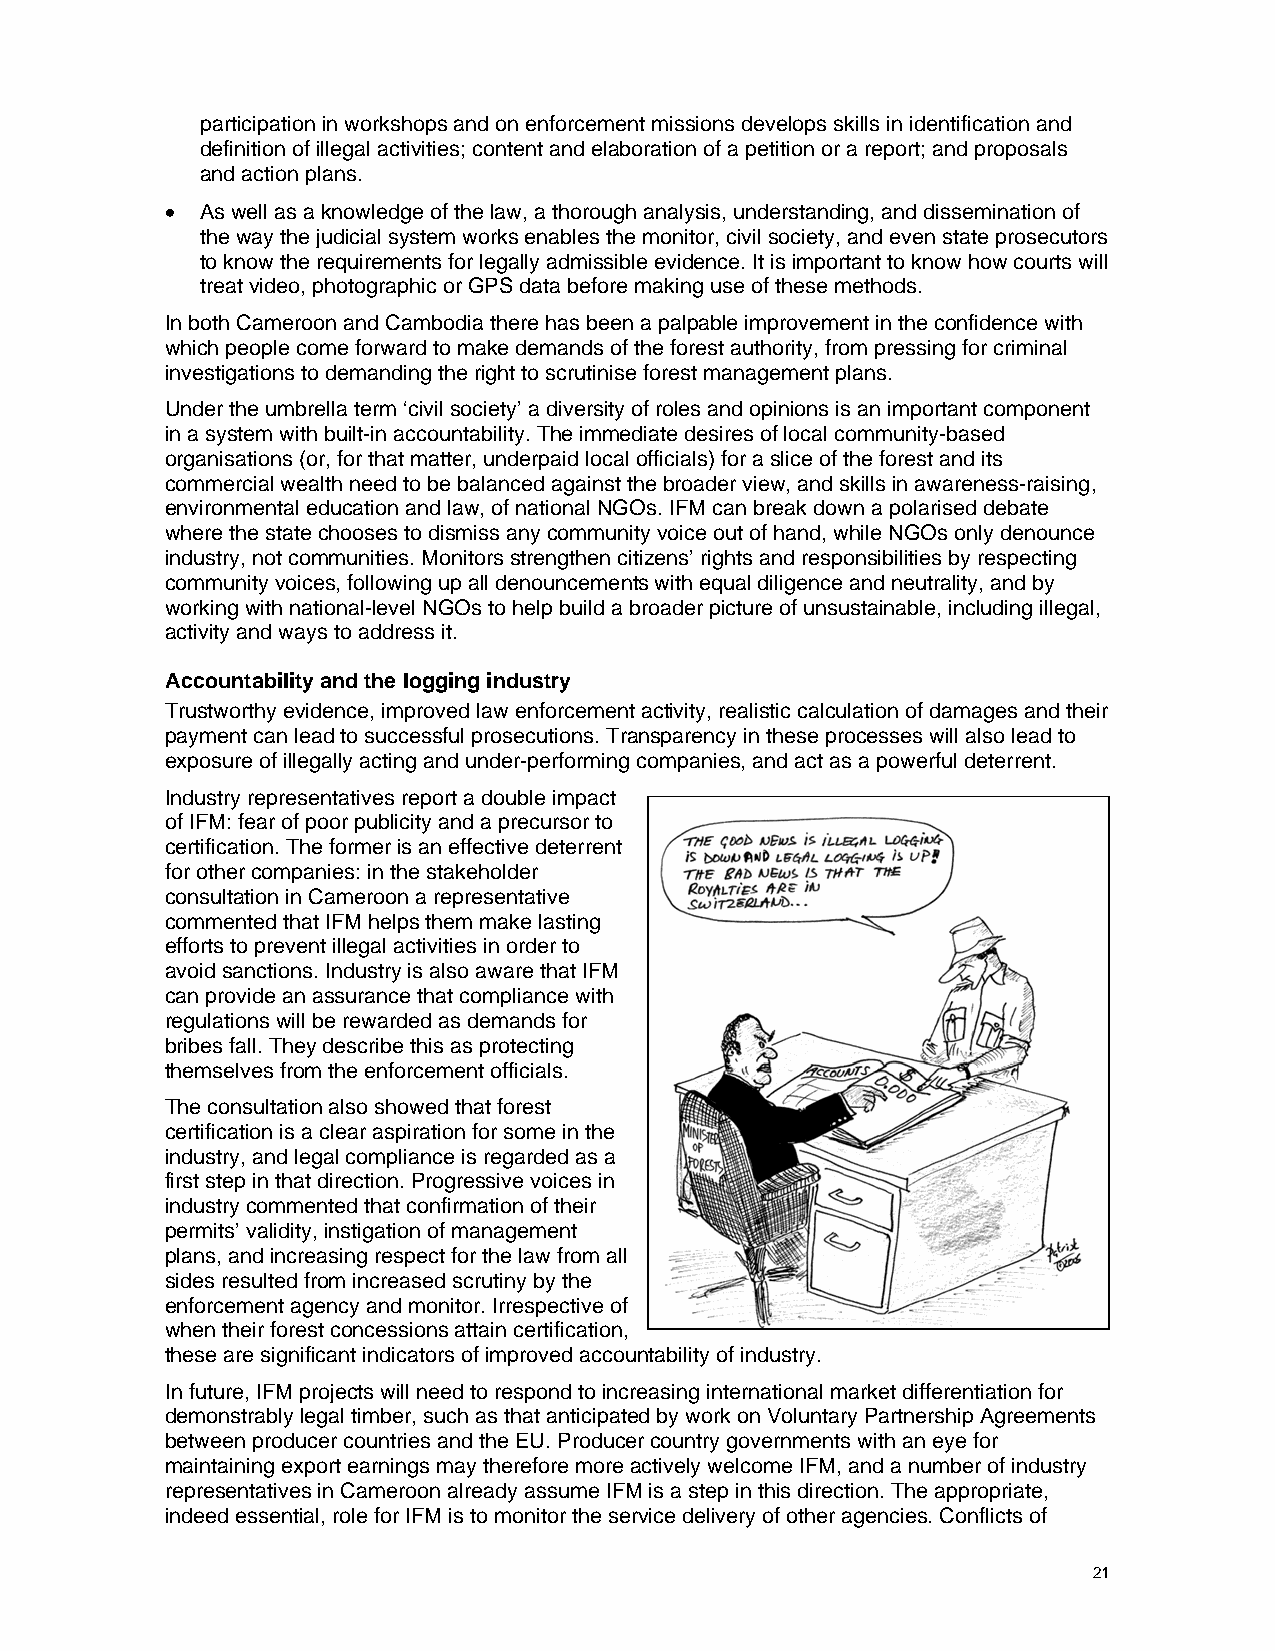
participation in workshops and on enforcement missions develops skills in identification and
 definition of illegal activities; content and elaboration of a petition or a report; and proposals
 and action plans.
 • As well as a knowledge of the law, a thorough analysis, understanding, and dissemination of
 the way the judicial system works enables the monitor, civil society, and even state prosecutors
 to know the requirements for legally admissible evidence. It is important to know how courts will
 treat video, photographic or GPS data before making use of these methods.
 In both Cameroon and Cambodia there has been a palpable improvement in the confidence with
 which people come forward to make demands of the forest authority, from pressing for criminal
 investigations to demanding the right to scrutinise forest management plans.
 Under the umbrella term ‘civil society’ a diversity of roles and opinions is an important component
 in a system with built-in accountability. The immediate desires of local community-based
 organisations (or, for that matter, underpaid local officials) for a slice of the forest and its
 commercial wealth need to be balanced against the broader view, and skills in awareness-raising,
 environmental education and law, of national NGOs. IFM can break down a polarised debate
 where the state chooses to dismiss any community voice out of hand, while NGOs only denounce
 industry, not communities. Monitors strengthen citizens’ rights and responsibilities by respecting
 community voices, following up all denouncements with equal diligence and neutrality, and by
 working with national-level NGOs to help build a broader picture of unsustainable, including illegal,
 activity and ways to address it.
 Accountability and the logging industry
 Trustworthy evidence, improved law enforcement activity, realistic calculation of damages and their
 payment can lead to successful prosecutions. Transparency in these processes will also lead to
 exposure of illegally acting and under-performing companies, and act as a powerful deterrent.
 Industry representatives report a double impact
 of IFM: fear of poor publicity and a precursor to
 certification. The former is an effective deterrent
 for other companies: in the stakeholder
 consultation in Cameroon a representative
 commented that IFM helps them make lasting
 efforts to prevent illegal activities in order to
 avoid sanctions. Industry is also aware that IFM
 can provide an assurance that compliance with
 regulations will be rewarded as demands for
 bribes fall. They describe this as protecting
 themselves from the enforcement officials.
 The consultation also showed that forest
 certification is a clear aspiration for some in the
 industry, and legal compliance is regarded as a
 first step in that direction. Progressive voices in
 industry commented that confirmation of their
 permits’ validity, instigation of management
 plans, and increasing respect for the law from all
 sides resulted from increased scrutiny by the
 enforcement agency and monitor. Irrespective of
 when their forest concessions attain certification,
 these are significant indicators of improved accountability of industry.
 In future, IFM projects will need to respond to increasing international market differentiation for
 demonstrably legal timber, such as that anticipated by work on Voluntary Partnership Agreements
 between producer countries and the EU. Producer country governments with an eye for
 maintaining export earnings may therefore more actively welcome IFM, and a number of industry
 representatives in Cameroon already assume IFM is a step in this direction. The appropriate,
 indeed essential, role for IFM is to monitor the service delivery of other agencies. Conflicts of
 21